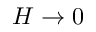
H \to 0